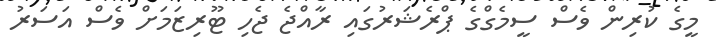
މީގެ ކުރިން ވެސް ސީމެގްގެ ޕްރެޝަރުގައި ރާއްޖެ ޖެހި ޓޫރިޒަމަށް ވެސް އަސަރު